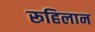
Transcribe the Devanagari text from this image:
रूहिलान